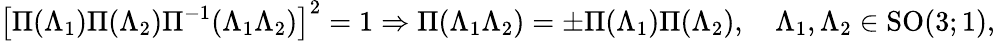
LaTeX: \left[\Pi(\Lambda_{1})\Pi(\Lambda_{2})\Pi^{-1}(\Lambda_{1}\Lambda_{2})\right]^{2}=1\Rightarrow\Pi(\Lambda_{1}\Lambda_{2})=\pm\Pi(\Lambda_{1})\Pi(\Lambda_{2}),\quad\Lambda_{1},\Lambda_{2}\in\mathrm{SO}(3;1),